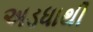
અડધાથી